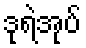
ဒုရဲအုပ်